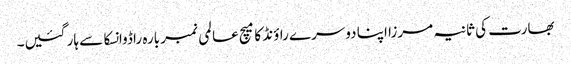
بھارت کی ثانیہ مرزا اپنا دوسرے راؤنڈ کا میچ عالمی نمبر بارہ راڈوانسکا سے ہار گئیں۔